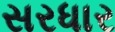
સરધાર